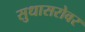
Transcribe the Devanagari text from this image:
सुधासरोवर